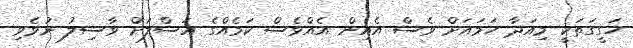
ހަގީގަތަކީ މިއަދާ ހަމައަށް ވެސް އެއިން އެއްވެސް ކަމެއްގެ އަސްލަށް ވާސިލު ނުވެވި